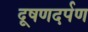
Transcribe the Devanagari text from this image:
दूषणदर्पण